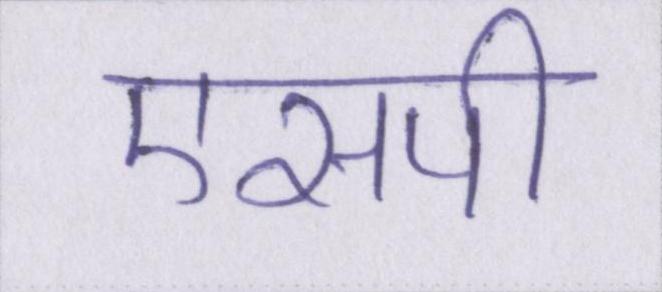
एसपी